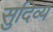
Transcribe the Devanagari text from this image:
सुदिव्य